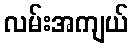
လမ်းအကျယ်